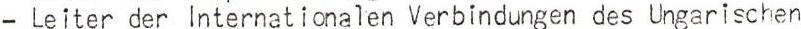
- Leiter der Internationalen Verbindungen des Ungarischen